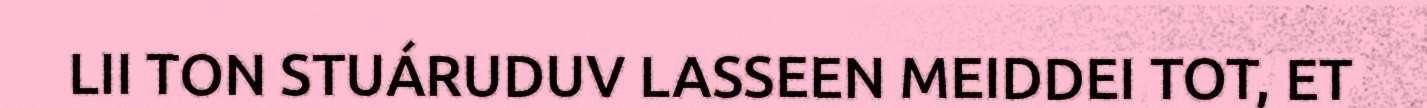
LII TON STUÁRUDUV LASSEEN MEIDDEI TOT, ET